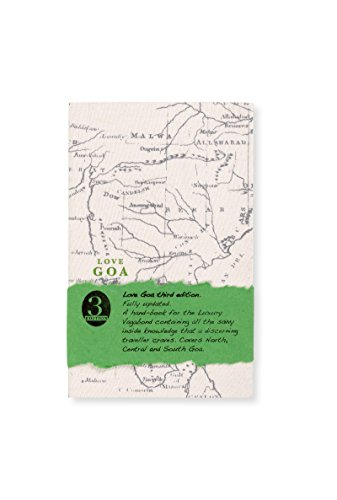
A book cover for Love Goa; Fiona Caulfield; Travel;